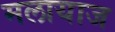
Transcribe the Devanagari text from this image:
मलायाज